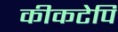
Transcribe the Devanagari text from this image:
कीकटेपि